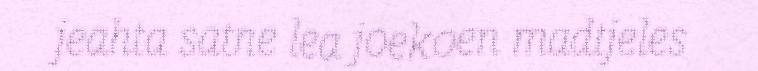
jeahta satne lea joekoen madtjeles